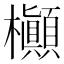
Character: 㰜